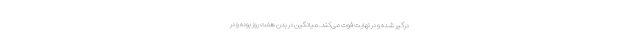
درگیر شده و در نهایت فوت می‌کند. میانگین در بدن هفت روز بوده و در